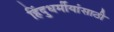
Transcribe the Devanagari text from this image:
हिंदुधर्मीयांसाठी